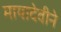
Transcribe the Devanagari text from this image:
मायादेवीने